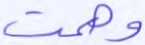
وهمت